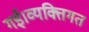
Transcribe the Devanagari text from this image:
गई।व्यक्तिगत